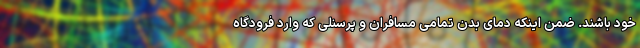
خود باشند. ضمن اینکه دمای بدن تمامی مسافران و پرسنلی که وارد فرودگاه